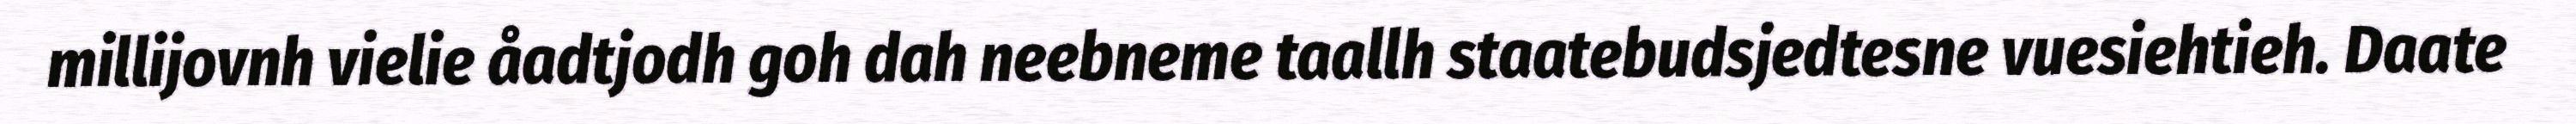
millijovnh vielie åadtjodh goh dah neebneme taallh staatebudsjedtesne vuesiehtieh. Daate